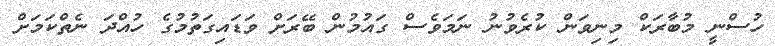
ހުސްނީ މުބާރަކް މިނިވަން ކުރެވުނު ނަމަވެސް ގައުމުން ބޭރަށް ވަޑައިގަތުމުގެ ހުއްދަ ނެތްކަމަށް